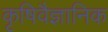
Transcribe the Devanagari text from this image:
कृषिवैज्ञानिक